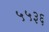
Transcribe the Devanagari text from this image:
५५३६